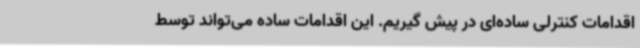
اقدامات کنترلی ساده‌ای در پیش گیریم. این اقدامات ساده می‌تواند توسط